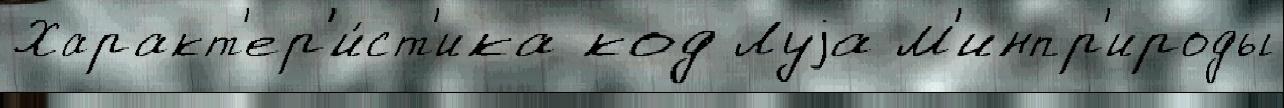
Характ'ер'и́ст'ика код Луjа М'инпр'ироды